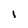
Character: I